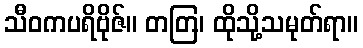
သီဝကပရိဗိုဇ်။ တတြ၊ ထိုသို့သမုတ်ရာ။